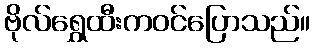
ဗိုလ်ရွှေထီးကဝင်ပြောသည်။